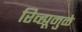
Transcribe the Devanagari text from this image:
रिव्ह्यूमुळे